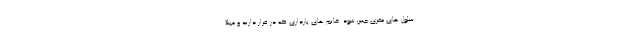
سلول های مغزی جنین شود. خانم های بارداری که در قرار دارند و مبتلا